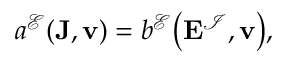
\begin{array} { r } { a ^ { \mathcal { E } } ( \mathbf { J } , \mathbf { v } ) = b ^ { \mathcal { E } } \big ( \mathbf { E } ^ { \mathcal { I } } , \mathbf { v } \big ) , } \end{array}